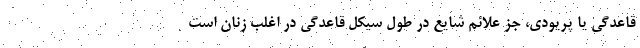
قاعدگی یا پریودی، جز علائم شایع در طول سیکل قاعدگی در اغلب زنان است